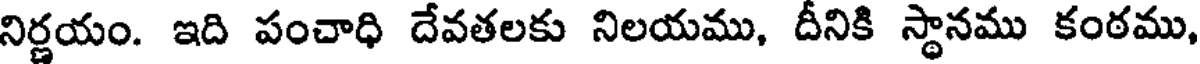
నిర్ణయం. ఇది పంచాధి దేవతలకు నిలయము, దీనికి స్థానము కంఠము,